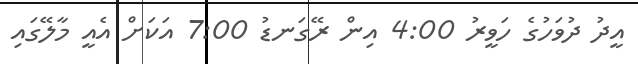
އީދު ދުވަހުގެ ހަވީރު 4:00 އިން ރޭގަނޑު 7:00 އަކަށް އެއީ މާލޭގައި